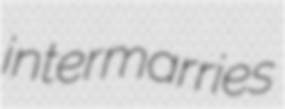
intermarries